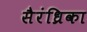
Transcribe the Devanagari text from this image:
सैरंध्रिका